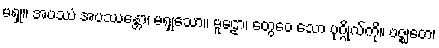
မရှု။ အပဿံ အပဿန္တော၊ မရှုသော။ မူဠော၊ တွေဝေ သော ပုဂ္ဂိုလ်ကို။ ဗဇ္ဈတေ၊